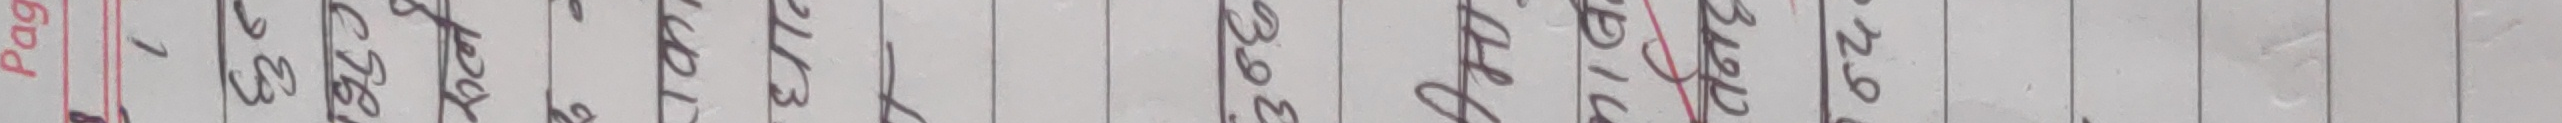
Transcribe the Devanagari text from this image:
१२९२, ३१२९, ३१७५, ३१८२, ३२८६